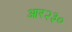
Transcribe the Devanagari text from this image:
आर२३०